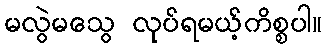
မလွဲမသွေ လုပ်ရမယ့်ကိစ္စပါ။